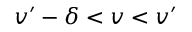
v ^ { \prime } - \delta < v < v ^ { \prime }